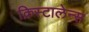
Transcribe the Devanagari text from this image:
क्रिस्टालेन्स